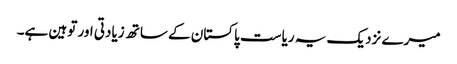
میرے نزدیک یہ ریاست پاکستان کے ساتھ زیادتی اور توہین ہے۔